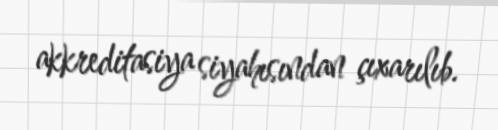
akkreditasiya siyahısından çıxarılıb.